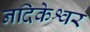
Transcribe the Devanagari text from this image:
नदिकेश्वर